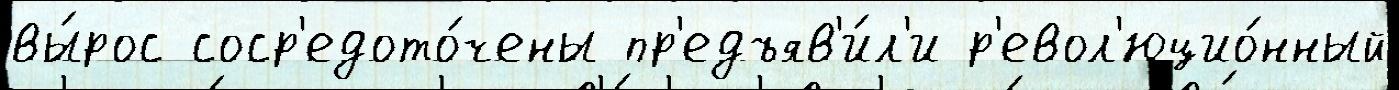
вы́рос соср'едото́чены пр'едъяв'и́л'и р'евол'юцио́нный